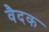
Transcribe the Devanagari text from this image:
वैदक